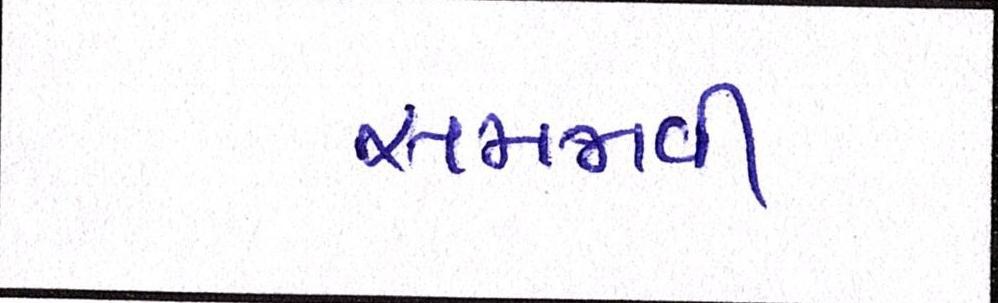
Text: સમજાવી